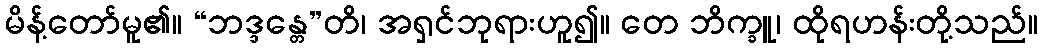
မိန့်တော်မူ၏။ “ဘဒ္ဒန္တေ”တိ၊ အရှင်ဘုရားဟူ၍။ တေ ဘိက္ခူ၊ ထိုရဟန်းတို့သည်။